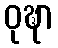
ဝုဍ္ဎာ